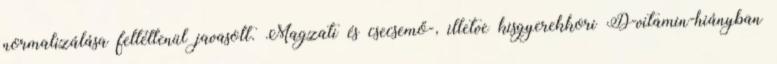
normalizálása feltétlenül javasolt. Magzati és csecsemő-, illetve kisgyerekkori D-vitamin-hiányban